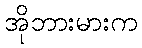
အိုဘားမားက